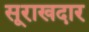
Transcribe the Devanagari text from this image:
सूराखदार